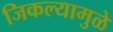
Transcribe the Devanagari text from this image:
जिकल्यामुळे